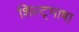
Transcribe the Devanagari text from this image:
शिल्ट्भाषा